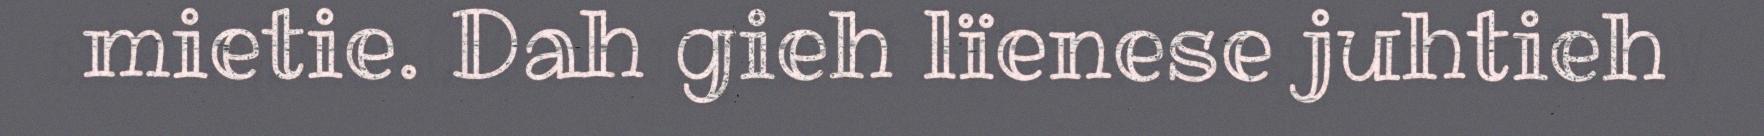
mietie. Dah gieh lïenese juhtieh